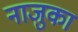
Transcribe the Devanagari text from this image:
नाजुका